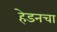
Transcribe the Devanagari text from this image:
हेडनचा